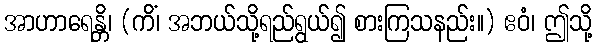
အာဟာရေန္တိ၊ (ကိံ၊ အဘယ်သို့ရည်ရွယ်၍ စားကြသနည်း။) ဧဝံ၊ ဤသို့